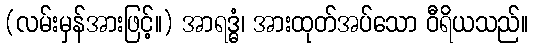
(လမ်းမှန်အားဖြင့်။) အာရဒ္ဓံ၊ အားထုတ်အပ်သော ဝီရိယသည်။